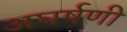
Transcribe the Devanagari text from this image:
अघर्षणी